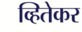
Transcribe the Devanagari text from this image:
व्हितेकर